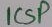
Text: ICSP